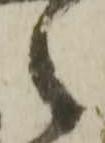
之